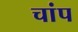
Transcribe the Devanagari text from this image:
चांप